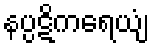
နပ္ပဋိကရေယျံ